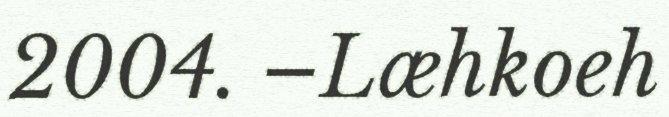
2004. –Læhkoeh